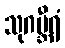
သုဂမ္ဘီရံ